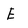
Character: E